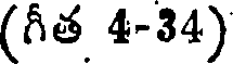
(గీత 4-34)